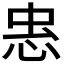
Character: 𭜫